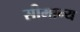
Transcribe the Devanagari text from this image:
सीमान्य